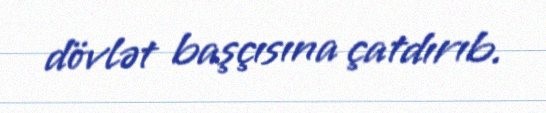
dövlət başçısına çatdırıb.